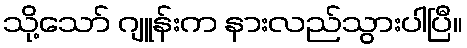
သို့သော် ဂျူန်းက နားလည်သွားပါပြီ။